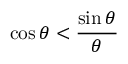
\cos \theta < { \frac { \sin \theta } { \theta } }